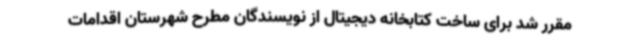
مقرر شد برای ساخت کتابخانه دیجیتال از نویسندگان مطرح شهرستان اقدامات